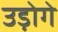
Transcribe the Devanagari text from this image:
उड़ोगे